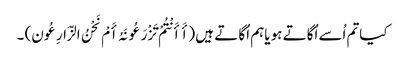
کیاتم اُسے اُگاتے ہو یاہم اُگا تے ہیں (أَ أَنْتُمْ تَزْرَعُونَہُ أَمْ نَحْنُ الزَّارِعُون) ۔